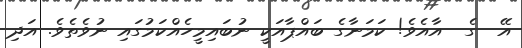
އޭ  ގެ  އާއެވެ! ކަމަނާގެ ބައްޕާއަކީ ނުބައިމީހެއްކަމުގައި ނުވެތެވެ. އަދި